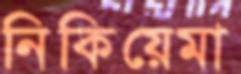
নিকিয়েমা